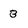
Character: 3